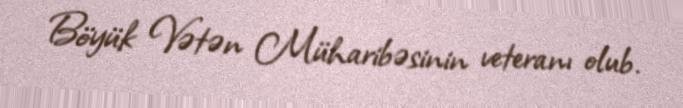
Böyük Vətən Müharibəsinin veteranı olub.